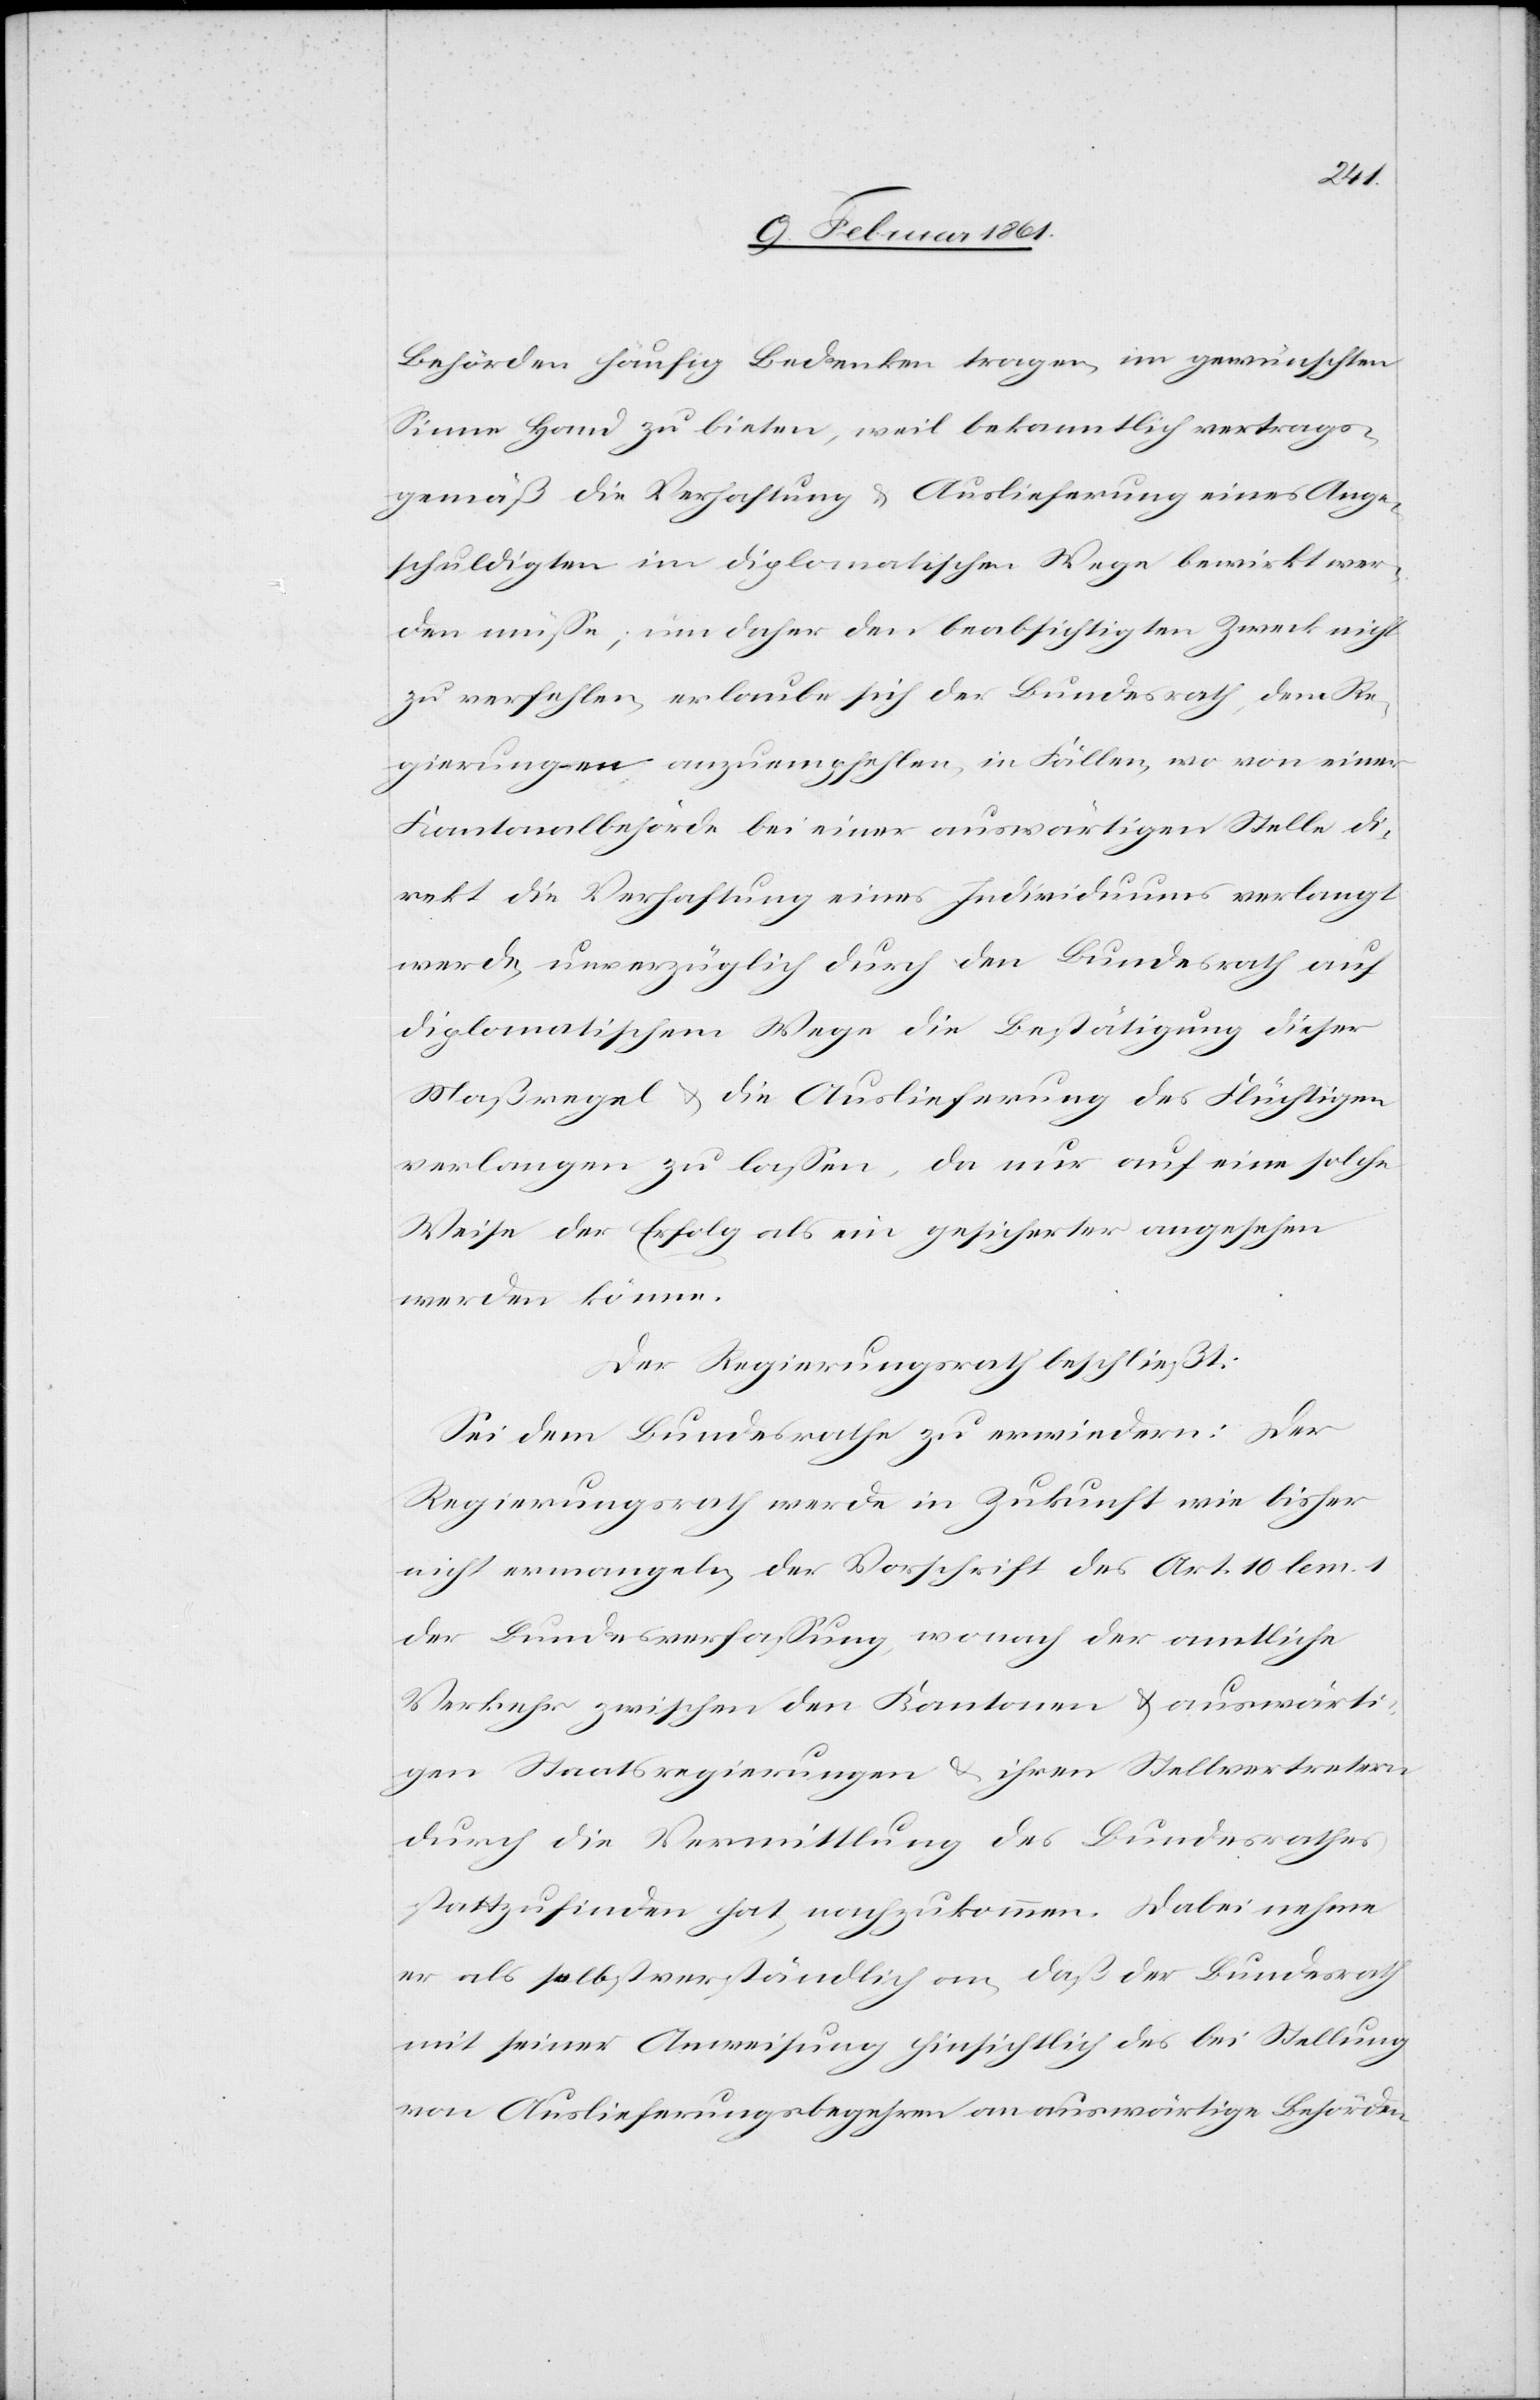
Re¬
Behörden häufig Bedenken tragen, im gewünschten
Sinne Hand zu bieten, weil bekanntlich vertrags¬
gemäß die Verhaftung u. Auslieferung eines Ange¬
schuldigten im diplomatischen Wege bewirkt wer¬
den müsse; um daher den beabsichtigten Zweck nicht
zu verfehlen, erlaube sich der Bundesrath, dem [si¬
gierungen anzuempfehlen, in Fällen, wo von einer
Kantonalbehörde bei einer auswärtigen Stelle di¬
rekt die Verhaftung eines Individuums verlangt
werde, unverzüglich durch den Bundesrath auf
diplomatischem Wege die Bestätigung dieser
Maßregel u. die Auslieferung des Flüchtigen
verlangen zu lassen, da nur auf eine solche
Weise der Erfolg als ein gesicherter angesehen
werden könne.
Der Regierungsrath beschließt:
Sei dem Bundesrathe zu erwiedern: Der
Regierungsrath werde in Zukunft wie bisher
nicht ermangeln, der Vorschrift des Art. 10 lem.
der Bundesverfassung, wonach der amtliche
Verkehr zwischen den Kantonen u. auswärti¬
gen Staatsregierungen u. ihren Stellvertretern
durch die Vermittlung des Bundesrathes
stattzufinden hat, nachzukommen. Dabei nehme
er als selbstverständlich an, daß der Bundesrath
mit seiner Anweisung hinsichtlich des bei Stellung
von Auslieferungsbegehren an auswärtige Behörden